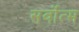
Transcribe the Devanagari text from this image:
सर्वोत्‍म